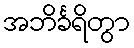
အဘိင်္ခရိတွာ